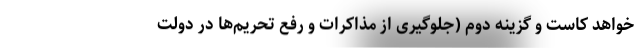
خواهد کاست و گزینه دوم (جلوگیری از مذاکرات و رفع تحریم‌ها در دولت